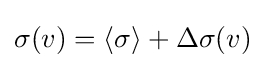
\sigma (v)=\langle \sigma \rangle +\Delta \sigma (v)